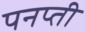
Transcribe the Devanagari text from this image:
पनप्ती